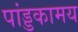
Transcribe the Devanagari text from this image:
पांड्डकामय